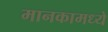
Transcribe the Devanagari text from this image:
मानकामध्ये